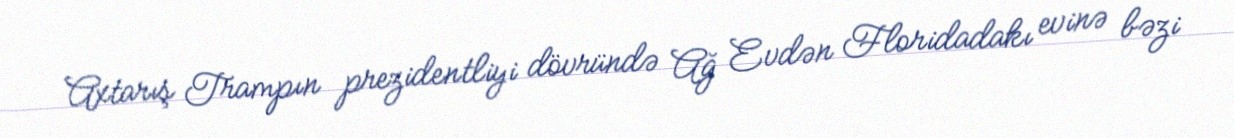
Axtarış Trampın prezidentliyi dövründə Ağ Evdən Floridadakı evinə bəzi